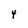
Character: 4